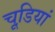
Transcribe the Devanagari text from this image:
चूडि़यां